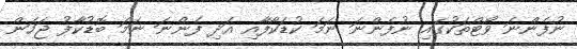
ނުފެންނަ ވޯޓްތަކުގައި ނުފެންނަ ނަމަ ކުޑަކާފާއި އަދި ފެންނަ ނަމަ ބޮޑުކާފު ޖަހަން